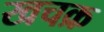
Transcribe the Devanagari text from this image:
खचक्र